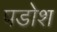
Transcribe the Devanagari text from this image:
पडोश